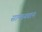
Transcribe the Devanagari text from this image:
सामध्र्यवान